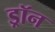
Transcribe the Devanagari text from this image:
ड्रॉन